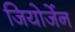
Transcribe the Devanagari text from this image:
जियोर्जेन